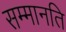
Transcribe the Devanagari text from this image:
सम्मानति